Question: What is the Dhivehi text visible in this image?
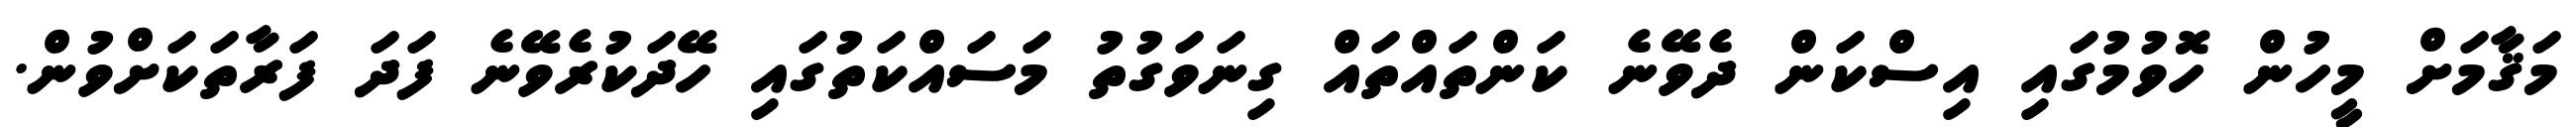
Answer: މަޤާމަށް މީހުން ހޮވުމުގައި އިސްކަން ދެވޭނެ ކަންތައްތައް ގިނަވަގުތު މަސައްކަތުގައި ހޭދަކުރެވޭނެ ފަދަ ފަރާތަކަށްވުން.